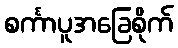
စင်္ကာပူအခြေစိုက်